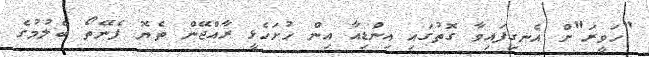
"ހަވީރަ"ށް އެނގިފައިވާ ގޮތުގައި އިންޑިއާ އިން ހުށަހެޅީ ރާއްޖޭން ތެޔޮ ފެނޭތޯ ބެލުމުގެ